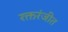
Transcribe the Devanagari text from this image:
रक्तरंजीत